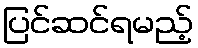
ပြင်ဆင်ရမည့်